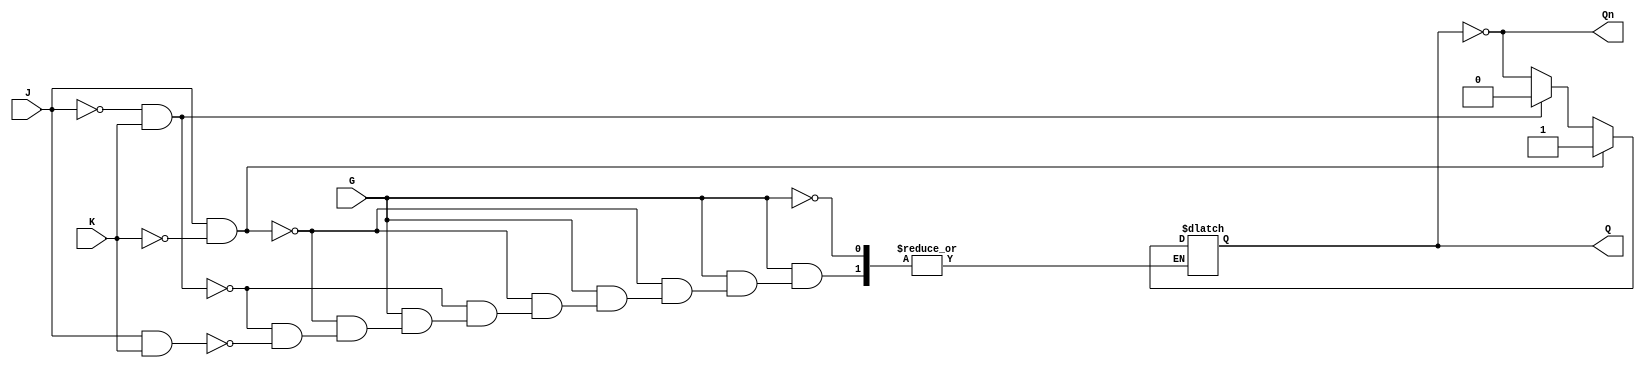
module GatedJKLatch (
    input wire J,      // Set input
    input wire K,      // Reset input
    input wire G,      // Enable input
    output reg Q,      // Primary output
    output wire Qn     // Complementary output
);

    assign Qn = ~Q; // Q' is the inverse of Q

    always @(*) begin
        if (G) begin
            if (J && ~K) begin
                Q = 1'b1; // Set condition
            end else if (~J && K) begin
                Q = 1'b0; // Reset condition
            end else if (J && K) begin
                Q = ~Q; // Toggle condition
            end
            // If J = 0 and K = 0, Q remains unchanged
        end
        // If G is low, Q retains its previous value
    end

endmodule